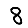
Digit: 8